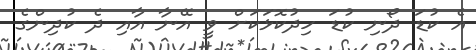
އެ ކުޑަ ދޯނި ކުޑަ ހިދުކޮޅަކަށް ވީ އޭނާ އާއި ދެ ކުދިންގެ